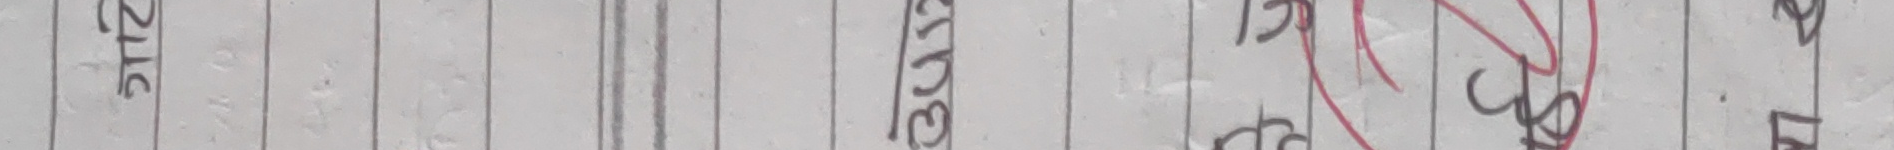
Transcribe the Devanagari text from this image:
सा नाम ३ रु अंक १ इ